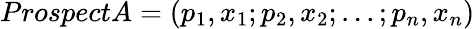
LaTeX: ProspectA=(p_{1},x_{1};p_{2},x_{2};...;p_{n},x_{n})